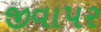
જીવાપર